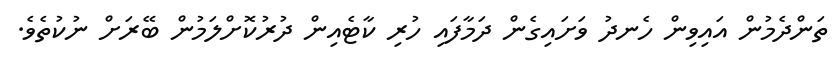
ތަންދެމުން އައިވިން ހެނދު ވަށައިގެން ދަމާފައި ހުރި ކާޓެއިން ދުރުކޮށްލަމުން ބޭރަށް ނުކުތެވެ.